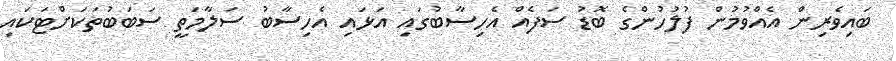
ބައިވެރިން އެއްވުމުން ފުލުހުންގެ ބޮޑު ސަފެއް އެހިސާބުގައި އަޅައި އެހިސާބު ސަލާމަތީ ސަބަބުތަކަށްޓަކައި